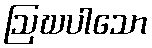
ဩဃပါသော